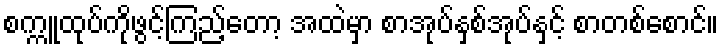
စက္ကူထုပ်ကိုဖွင့်ကြည့်တော့ အထဲမှာ စာအုပ်နှစ်အုပ်နှင့် စာတစ်စောင်။